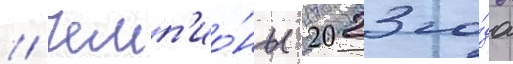
// Чемп'ио́ны 2023 го́да